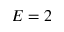
E = 2